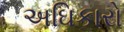
અઘિકારો